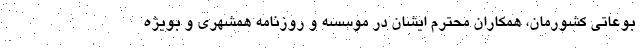
بوعاتی کشورمان، همکاران محترم ایشان در موسسه و روزنامه همشهری و بویژه